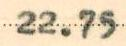
22.75